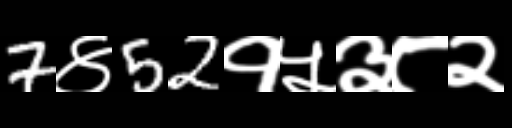
Text: 7४52१५३८२